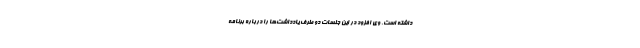
داشته است. وی افزود در این جلسات دو طرف یادداشت‌ها را درباره برنامه